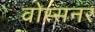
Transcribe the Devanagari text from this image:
वोस्सनर